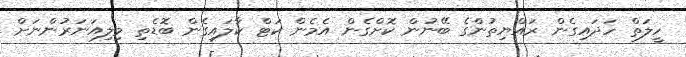
ހީލަތް ހަދައިގެން ރައްޔިތުންގެ ބޭނުން ކޮށްގެން އެމެން ކަޓް ކާލައިގެން ބޮޑެތި މިލިއަނަރުންނަށް